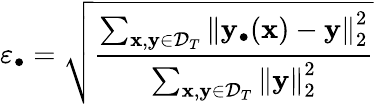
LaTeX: \varepsilon_{\bullet}=\sqrt{\frac{\sum_{\mathbf{x},\mathbf{y}\in\mathcal{D}_{T}}{\left\| \mathbf{y}_{\bullet}(\mathbf{x})-\mathbf{y}\right\| _{2}^{2}}}{\sum_{\mathbf{x},\mathbf{y}\in\mathcal{D}_{T}}{\left\| \mathbf{y}\right\| _{2}^{2}}}}